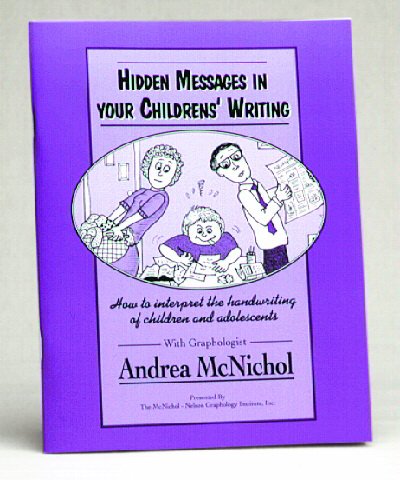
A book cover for Hidden Messages In Your Children's Writing; Andrea McNichol; Self-Help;